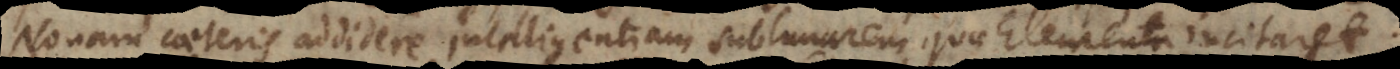
Nonam caeteris addidere intelligentiam sublunarem quae Elementa incitaret,